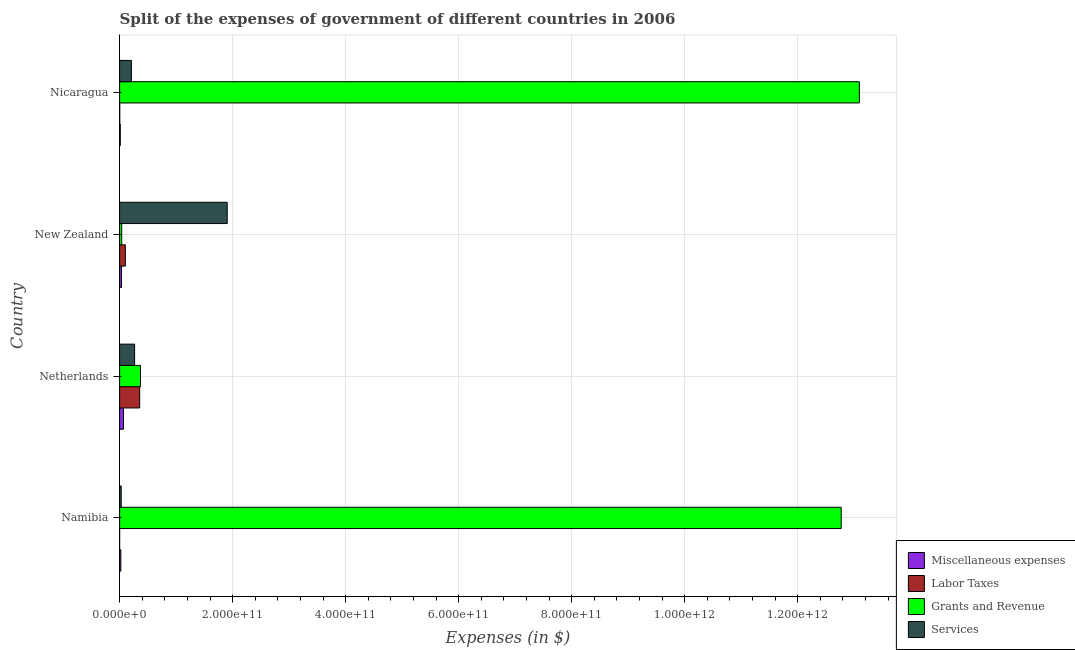
| Country | Miscellaneous expenses | Labor Taxes | Grants and Revenue | Services |
 | --- | --- | --- | --- | --- |
 | Namibia | 2.17e+09 | 1.26e+07 | 1.28e+12 | 2.85e+09 |
 | Netherlands | 6.88e+09 | 3.55e+10 | 3.69e+10 | 2.65e+10 |
 | New Zealand | 3.35e+09 | 1.02e+10 | 3.73e+09 | 1.9e+11 |
 | Nicaragua | 1.19e+09 | 2.73e+08 | 1.31e+12 | 2.09e+10 |